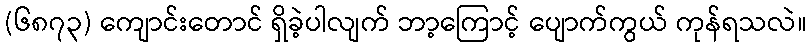
(၆၈၇၃) ကျောင်းတောင် ရှိခဲ့ပါလျက် ဘာ့ကြောင့် ပျောက်ကွယ် ကုန်ရသလဲ။